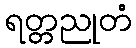
ရတ္တညုတံ